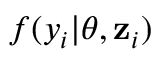
f ( y _ { i } | \boldsymbol { \theta } , \mathbf { z } _ { i } )